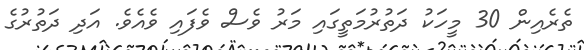
ތެރެއިން 30 މީހަކު ދަތުރުމަތީގައި މަރު ވެސް ވެފައި ވެއެވެ. އަދި ދަތުރުގެ